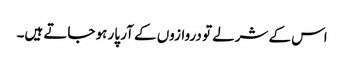
اس کے شرلے تو دروازوں کے آر پار ہو جاتے ہیں۔